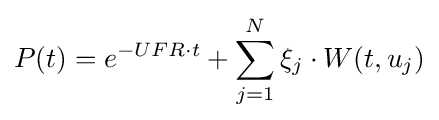
P(t)=e^{-UFR\cdot t}+\sum _{j=1}^{N}\xi _{j}\cdot W(t,u_{j})